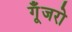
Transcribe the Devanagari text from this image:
गूँजरो